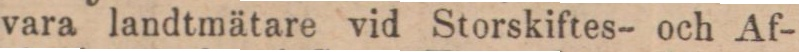
vara landtmätare vid Storskiftes- och Af-